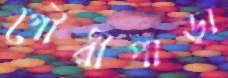
গৌরীপাড়া